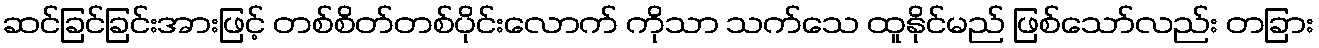
ဆင်ခြင်ခြင်းအားဖြင့် တစ်စိတ်တစ်ပိုင်းလောက် ကိုသာ သက်သေ ထူနိုင်မည် ဖြစ်သော်လည်း တခြား